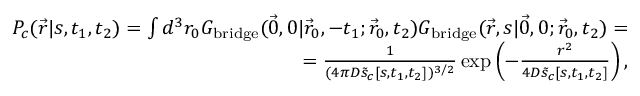
\begin{array} { r } { P _ { c } ( \vec { r } | s , t _ { 1 } , t _ { 2 } ) = \int d ^ { 3 } r _ { 0 } G _ { \mathrm { b r i d g e } } ( \vec { 0 } , 0 | \vec { r } _ { 0 } , - t _ { 1 } ; \vec { r } _ { 0 } , t _ { 2 } ) G _ { \mathrm { b r i d g e } } ( \vec { r } , s | \vec { 0 } , 0 ; \vec { r } _ { 0 } , t _ { 2 } ) = } \\ { = \frac { 1 } { ( 4 \pi D \tilde { s } _ { c } [ s , t _ { 1 } , t _ { 2 } ] ) ^ { 3 / 2 } } \exp \left( - \frac { r ^ { 2 } } { 4 D \tilde { s } _ { c } [ s , t _ { 1 } , t _ { 2 } ] } \right) , } \end{array}